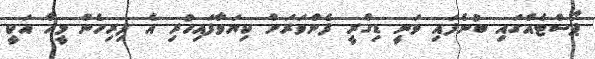
ޕޯސްޓެއްގައި ބުނެފައި ވަނީ ޑިގްރީ ފެންވަރަށް ކިޔަވާފައިހުރި އެ ފިރިހެން މީހާ އަކީ